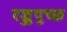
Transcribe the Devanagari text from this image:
रज्जुपुच्छ